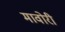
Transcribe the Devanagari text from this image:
मावोरी